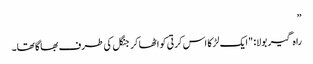
”
راہ گیر بولا: "ایک لڑکا اس کرتی کو اٹھا کر جنگل کی طرف بھاگا تھا۔